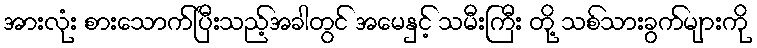
အားလုံး စားသောက်ပြီးသည့်အခါတွင် အမေနှင့် သမီးကြီး တို့ သစ်သားခွက်များကို